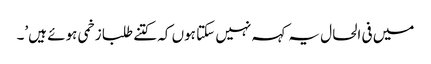
میں فی الحال یہ کہہ نہیں سکتا ہوں کہ کتنے طلبا زخمی ہوئے ہیں’۔